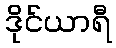
ဒိုင်ယာရီ